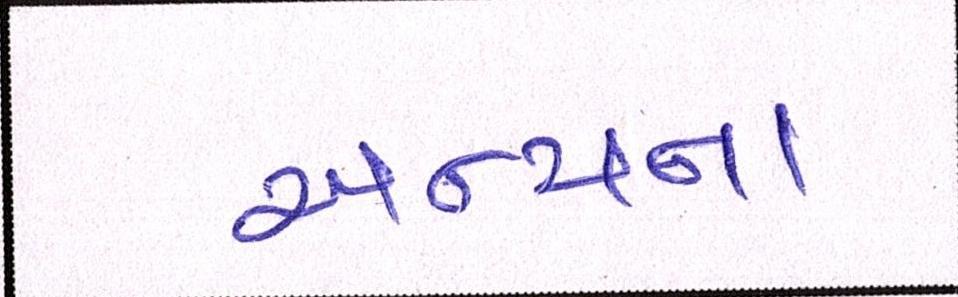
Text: અન્યના